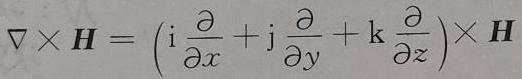
$\nabla\times\boldsymbol{H}=\left(\mathrm{i}\frac{\partial}{\partial x}+\mathrm{j}\frac{\partial}{\partial y}+\mathrm{k}\frac{\partial}{\partial z}\right)\times\boldsymbol{H}$